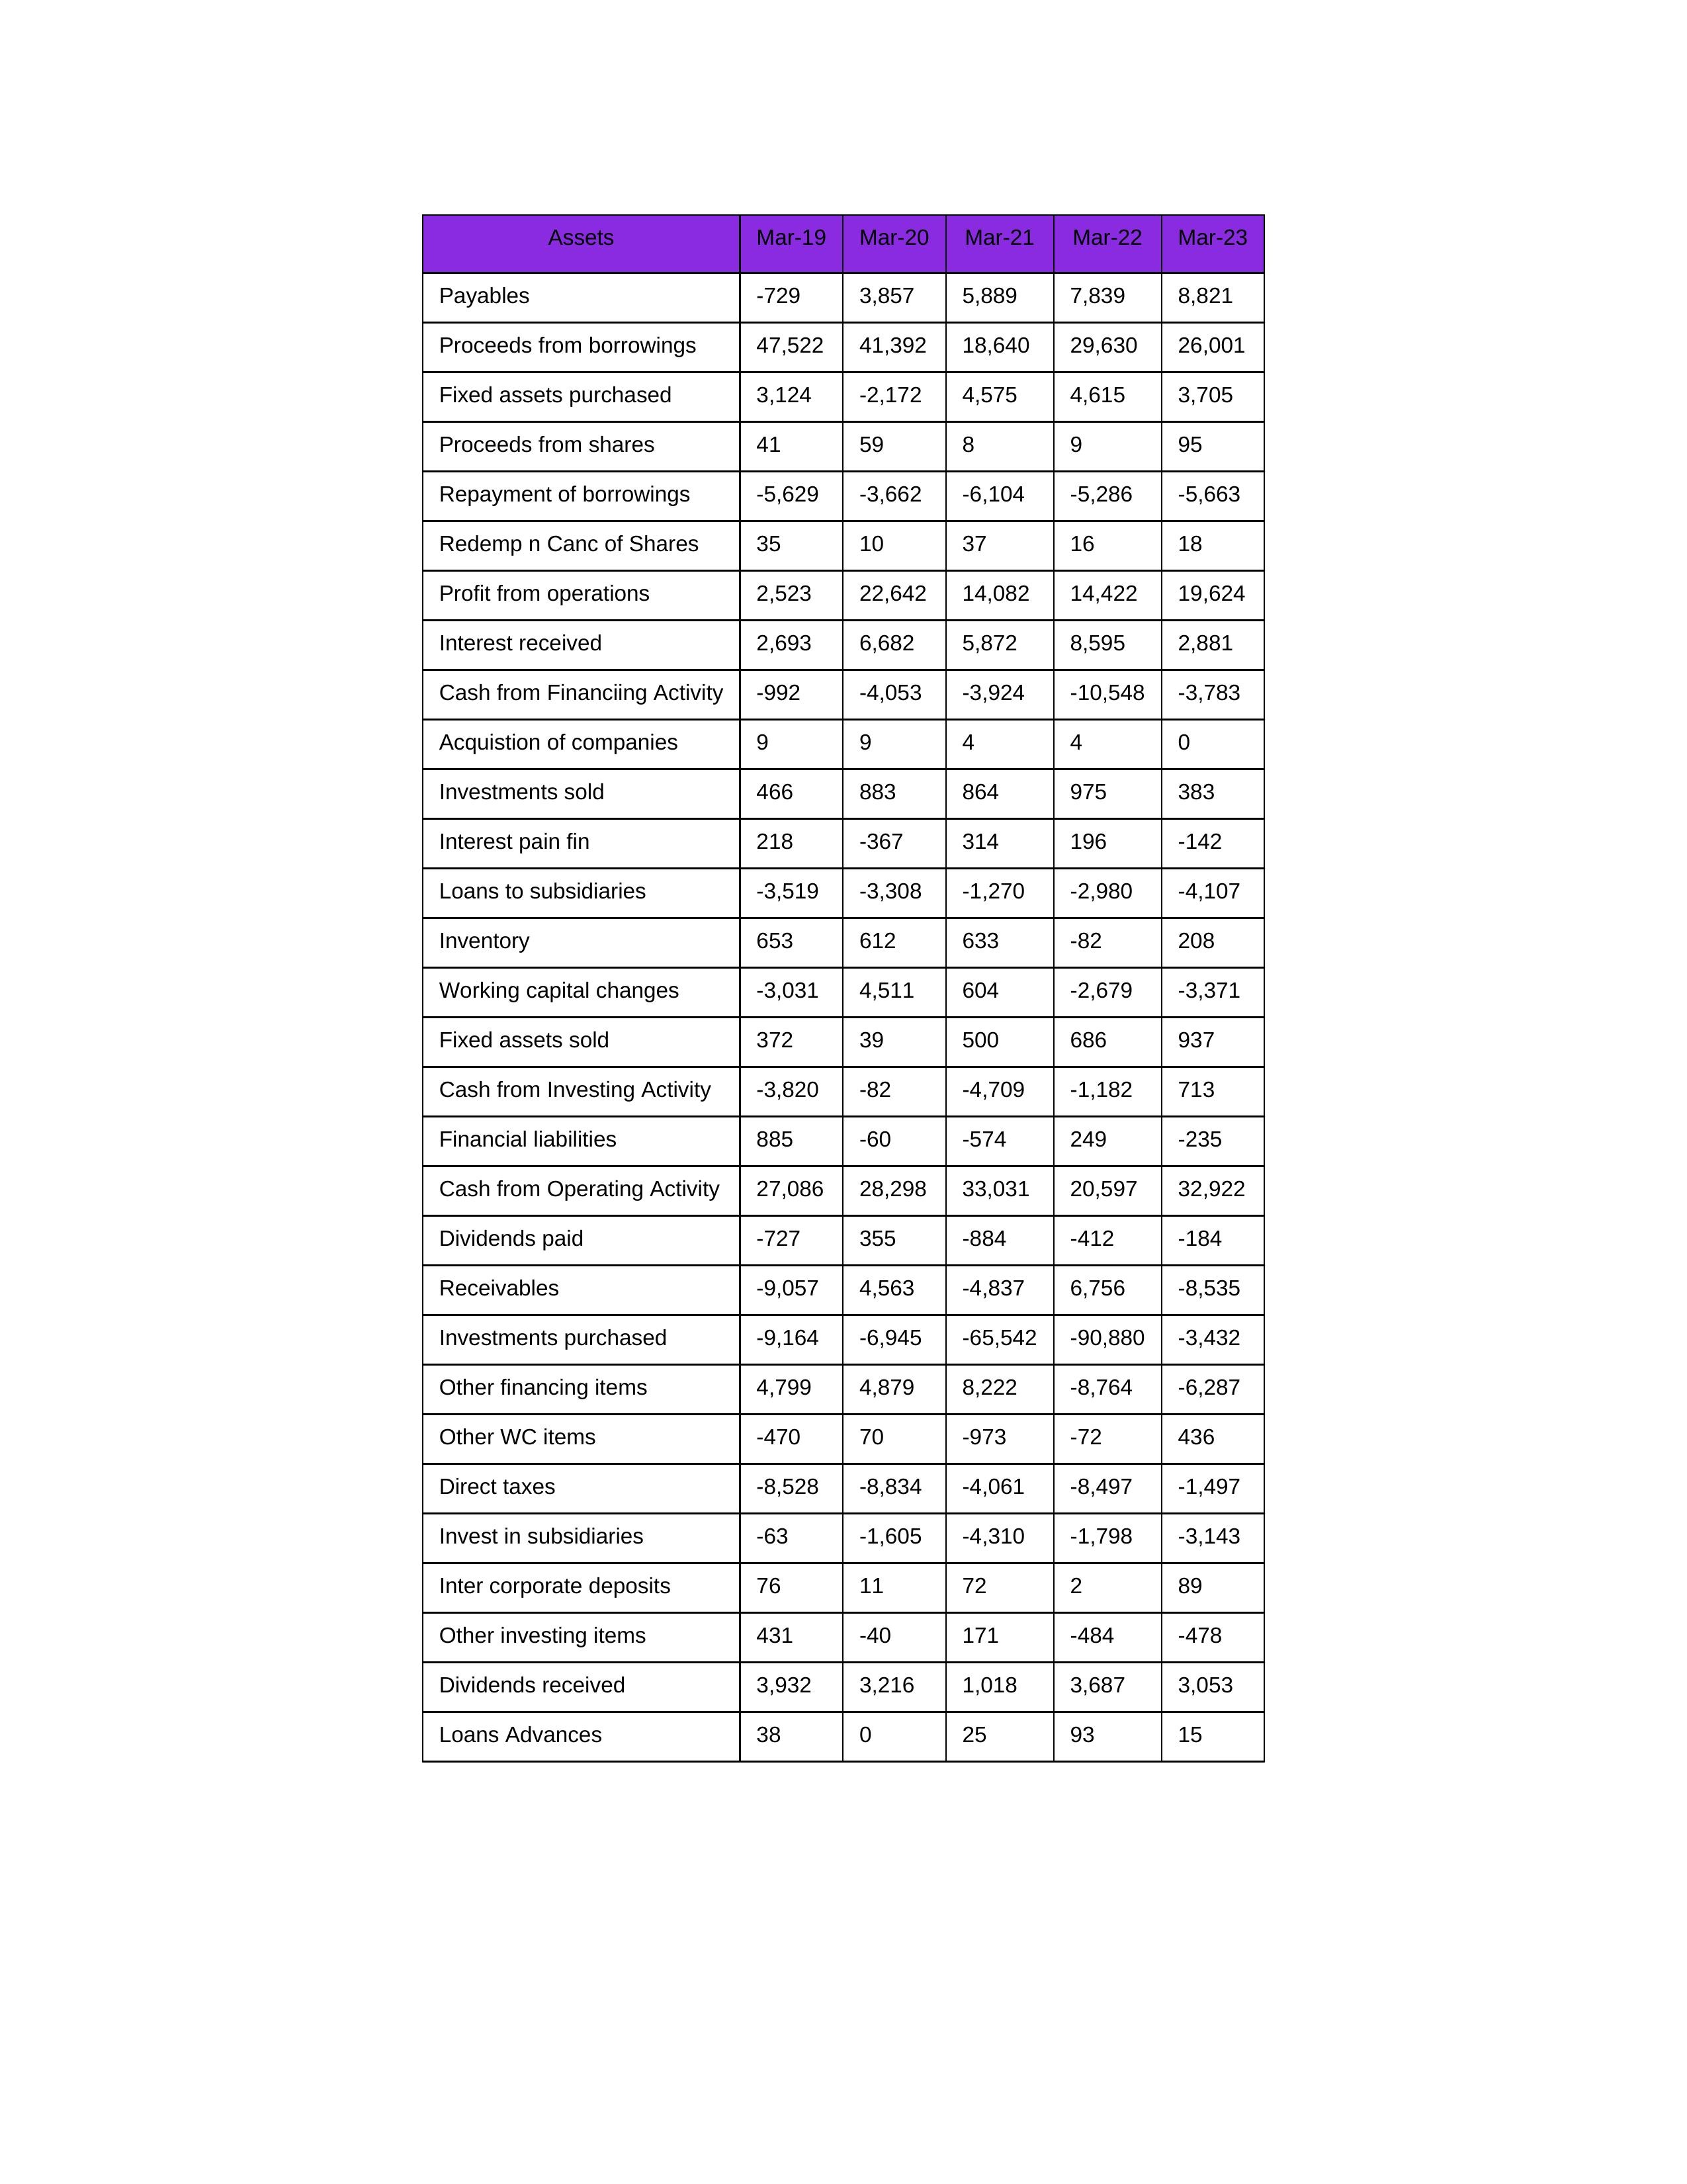
gt_parse: Mar-19: Cash from Operating Activity: 27,086
Profit from operations: 2,523
Receivables: -9,057
Inventory: 653
Payables: -729
Loans Advances: 38
Other WC items: -470
Working capital changes: -3,031
Direct taxes: -8,528
Cash from Investing Activity: -3,820
Fixed assets purchased: 3,124
Fixed assets sold: 372
Investments purchased: -9,164
Investments sold: 466
Interest received: 2,693
Dividends received: 3,932
Invest in subsidiaries: -63
Loans to subsidiaries: -3,519
Redemp n Canc of Shares: 35
Acquistion of companies: 9
Inter corporate deposits: 76
Other investing items: 431
Cash from Financiing Activity: -992
Proceeds from shares: 41
Proceeds from borrowings: 47,522
Repayment of borrowings: -5,629
Interest pain fin: 218
Dividends paid: -727
Financial liabilities: 885
Other financing items: 4,799
Mar-20: Cash from Operating Activity: 28,298
Profit from operations: 22,642
Receivables: 4,563
Inventory: 612
Payables: 3,857
Loans Advances: 0
Other WC items: 70
Working capital changes: 4,511
Direct taxes: -8,834
Cash from Investing Activity: -82
Fixed assets purchased: -2,172
Fixed assets sold: 39
Investments purchased: -6,945
Investments sold: 883
Interest received: 6,682
Dividends received: 3,216
Invest in subsidiaries: -1,605
Loans to subsidiaries: -3,308
Redemp n Canc of Shares: 10
Acquistion of companies: 9
Inter corporate deposits: 11
Other investing items: -40
Cash from Financiing Activity: -4,053
Proceeds from shares: 59
Proceeds from borrowings: 41,392
Repayment of borrowings: -3,662
Interest pain fin: -367
Dividends paid: 355
Financial liabilities: -60
Other financing items: 4,879
Mar-21: Cash from Operating Activity: 33,031
Profit from operations: 14,082
Receivables: -4,837
Inventory: 633
Payables: 5,889
Loans Advances: 25
Other WC items: -973
Working capital changes: 604
Direct taxes: -4,061
Cash from Investing Activity: -4,709
Fixed assets purchased: 4,575
Fixed assets sold: 500
Investments purchased: -65,542
Investments sold: 864
Interest received: 5,872
Dividends received: 1,018
Invest in subsidiaries: -4,310
Loans to subsidiaries: -1,270
Redemp n Canc of Shares: 37
Acquistion of companies: 4
Inter corporate deposits: 72
Other investing items: 171
Cash from Financiing Activity: -3,924
Proceeds from shares: 8
Proceeds from borrowings: 18,640
Repayment of borrowings: -6,104
Interest pain fin: 314
Dividends paid: -884
Financial liabilities: -574
Other financing items: 8,222
Mar-22: Cash from Operating Activity: 20,597
Profit from operations: 14,422
Receivables: 6,756
Inventory: -82
Payables: 7,839
Loans Advances: 93
Other WC items: -72
Working capital changes: -2,679
Direct taxes: -8,497
Cash from Investing Activity: -1,182
Fixed assets purchased: 4,615
Fixed assets sold: 686
Investments purchased: -90,880
Investments sold: 975
Interest received: 8,595
Dividends received: 3,687
Invest in subsidiaries: -1,798
Loans to subsidiaries: -2,980
Redemp n Canc of Shares: 16
Acquistion of companies: 4
Inter corporate deposits: 2
Other investing items: -484
Cash from Financiing Activity: -10,548
Proceeds from shares: 9
Proceeds from borrowings: 29,630
Repayment of borrowings: -5,286
Interest pain fin: 196
Dividends paid: -412
Financial liabilities: 249
Other financing items: -8,764
Mar-23: Cash from Operating Activity: 32,922
Profit from operations: 19,624
Receivables: -8,535
Inventory: 208
Payables: 8,821
Loans Advances: 15
Other WC items: 436
Working capital changes: -3,371
Direct taxes: -1,497
Cash from Investing Activity: 713
Fixed assets purchased: 3,705
Fixed assets sold: 937
Investments purchased: -3,432
Investments sold: 383
Interest received: 2,881
Dividends received: 3,053
Invest in subsidiaries: -3,143
Loans to subsidiaries: -4,107
Redemp n Canc of Shares: 18
Acquistion of companies: 0
Inter corporate deposits: 89
Other investing items: -478
Cash from Financiing Activity: -3,783
Proceeds from shares: 95
Proceeds from borrowings: 26,001
Repayment of borrowings: -5,663
Interest pain fin: -142
Dividends paid: -184
Financial liabilities: -235
Other financing items: -6,287